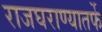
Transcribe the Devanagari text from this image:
राजघराण्यातर्फे